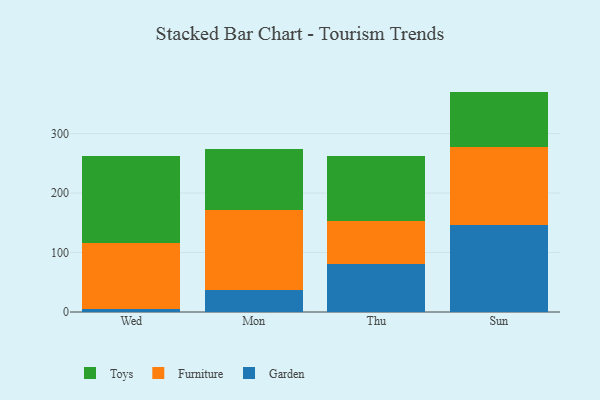
{"axis": {"x": "Day", "y": "Satisfaction Score"}, "legend": ["Furniture", "Garden", "Toys"], "data": [{"x": "Wed", "y": 5.3, "type": "Garden"}, {"x": "Wed", "y": 111.5, "type": "Furniture"}, {"x": "Wed", "y": 144.9, "type": "Toys"}, {"x": "Mon", "y": 37.5, "type": "Garden"}, {"x": "Mon", "y": 133.8, "type": "Furniture"}, {"x": "Mon", "y": 103.3, "type": "Toys"}, {"x": "Thu", "y": 80.1, "type": "Garden"}, {"x": "Thu", "y": 72.9, "type": "Furniture"}, {"x": "Thu", "y": 109.8, "type": "Toys"}, {"x": "Sun", "y": 146.8, "type": "Garden"}, {"x": "Sun", "y": 130.2, "type": "Furniture"}, {"x": "Sun", "y": 93.6, "type": "Toys"}]}